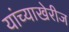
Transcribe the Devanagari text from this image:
यांच्याखेरीज